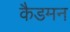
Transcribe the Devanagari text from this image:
कैडमन